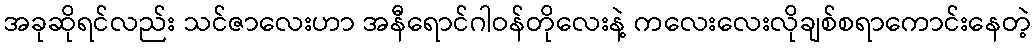
အခုဆိုရင်လည်း သင်ဇာလေးဟာ အနီရောင်ဂါဝန်တိုလေးနဲ့ ကလေးလေးလိုချစ်စရာကောင်းနေတဲ့